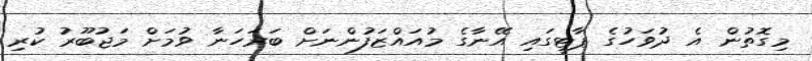
މިގޮތުން އެ ދުވަހުގެ ޕާޓީގައި އޭނާގެ މުއައްޒަފުންނަށް ބަރަހަނާ ވުމަށް މަޖުބޫރު ކުރި